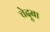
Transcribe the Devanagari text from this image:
चेदूबा